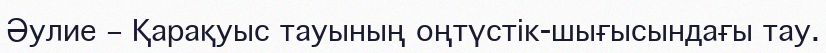
Әулие – Қарақуыс тауының оңтүстік-шығысындағы тау.